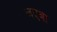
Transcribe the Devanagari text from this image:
जएबा